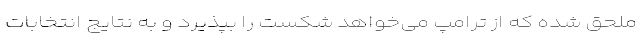
ملحق شده که از ترامپ می‌خواهد شکست را بپذیرد و به نتایج انتخابات